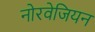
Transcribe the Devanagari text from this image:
नोरवेजियन